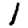
Digit: 1